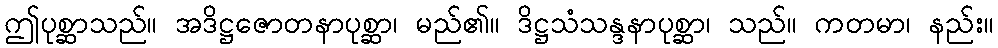
ဤပုစ္ဆာသည်။ အဒိဋ္ဌဇောတနာပုစ္ဆာ၊ မည်၏။ ဒိဋ္ဌသံသန္ဒနာပုစ္ဆာ၊ သည်။ ကတမာ၊ နည်း။